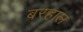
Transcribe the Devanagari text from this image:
बरहाल